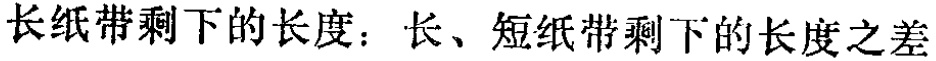
长纸带剩下的长度：长、短纸带剩下的长度之差